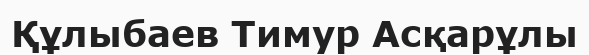
Құлыбаев Тимур Асқарұлы